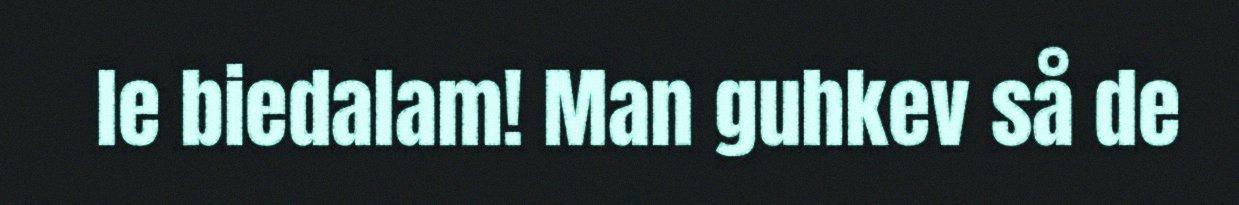
le biedalam! Man guhkev så de